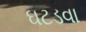
ઘટડવા